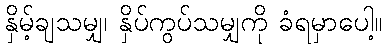
နှိမ့်ချသမျှ၊ နှိပ်ကွပ်သမျှကို ခံရမှာပေါ့။